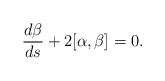
\begin{align*}\frac{d\beta}{ds}+2[\alpha, \beta]=0.\end{align*}